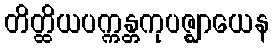
တိတ္ထိယပက္ကန္တကုပဇ္ဈာယေန